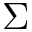
\Sigma